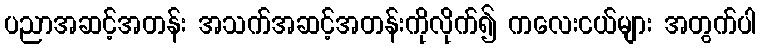
ပညာအဆင့်အတန်း အသက်အဆင့်အတန်းကိုလိုက်၍ ကလေးငယ်များ အတွက်ပါ